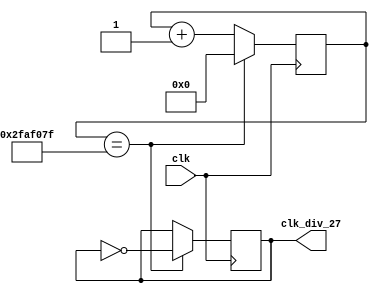
`timescale 1ns / 1ps
//////////////////////////////////////////////////////////////////////////////////
// Company: 
// Engineer: 
// 
// Design Name: 
// Module Name: clk_divider_27
// Project Name: 
// Target Devices: 
// Tool Versions: 
// Description: 
// 
// Dependencies: 
// 
// Revision:
// Revision 0.01 - File Created
// Additional Comments:
// 
//////////////////////////////////////////////////////////////////////////////////


module clk_divider_27(clk, clk_div_27);
    
input clk;
output clk_div_27;

reg clk_div_27;
reg [25:0] counter;

always@(posedge clk)
begin
            counter <= counter + 26'd1;
            if(counter == 26'd50000000 - 26'd1) begin
                clk_div_27 <= ~clk_div_27;
                counter <= 26'd0;
            end
end
endmodule